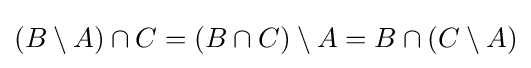
(B\setminus A)\cap C=(B\cap C)\setminus A=B\cap (C\setminus A)